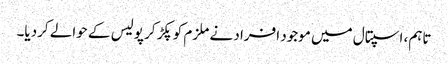
تاہم، اسپتال میں موجود افراد نے ملزم کوپکڑ کر پولیس کے حوالے کردیا۔